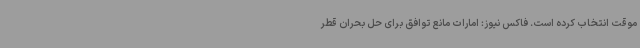
موقت انتخاب کرده است. فاکس نیوز: امارات مانع توافق برای حل بحران قطر